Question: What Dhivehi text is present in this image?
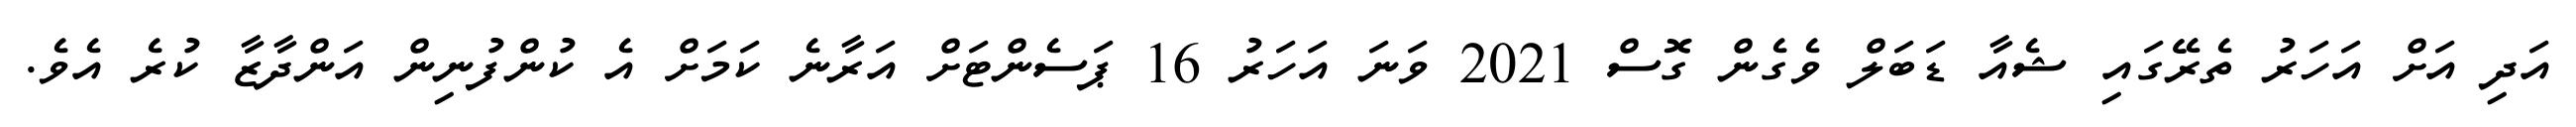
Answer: އަދި އަށް އަހަރު ތެރޭގައި ޝެއާ ޑަބަލް ވެގެން ގޮސް 2021 ވަނަ އަހަރު 16 ޕަސެންޓަށް އަރާނެ ކަމަށް އެ ކުންފުނިން އަންދާޒާ ކުރެ އެވެ.